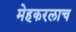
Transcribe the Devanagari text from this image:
मेहकरलाच